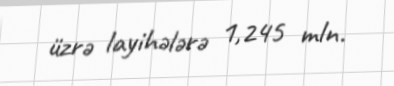
üzrə layihələrə 1,245 mln.